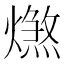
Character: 𤐑